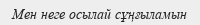
Мен неге осылай сұңғыламын